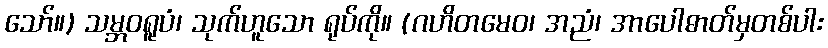
သော်။) သမ္ဘဝရူပံ၊ သုက်ဟူသော ရုပ်ကို။ (ဂဟိတမေဝ၊ အညံ၊ အာပေါဓာတ်မှတစ်ပါး